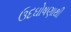
ઉદઘોષણાથી